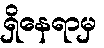
ရှိနေရာမှ